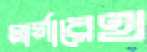
মার্গারেথ